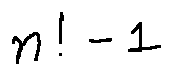
n ! - 1